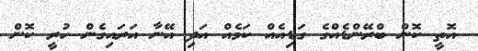
އޮތީ ކޮން ބްރޭންޑެއްގެ ގަޑިއެއް ކަމެއް އަދި އޭނާ އަރައިގެން ހުރީ ކޮން